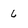
Character: 6